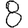
Digit: 8